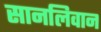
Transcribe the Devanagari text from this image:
सानलिवान